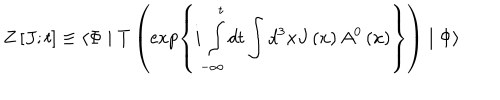
Z \left[ J ; t \right] \equiv \langle \Phi \mid T \left( \exp \left\{ i \int _ { - \infty } ^ { t } d t \int d ^ { 3 } x J \left( x \right) A ^ { 0 } \left( x \right) \right\} \right) \mid \Phi \rangle